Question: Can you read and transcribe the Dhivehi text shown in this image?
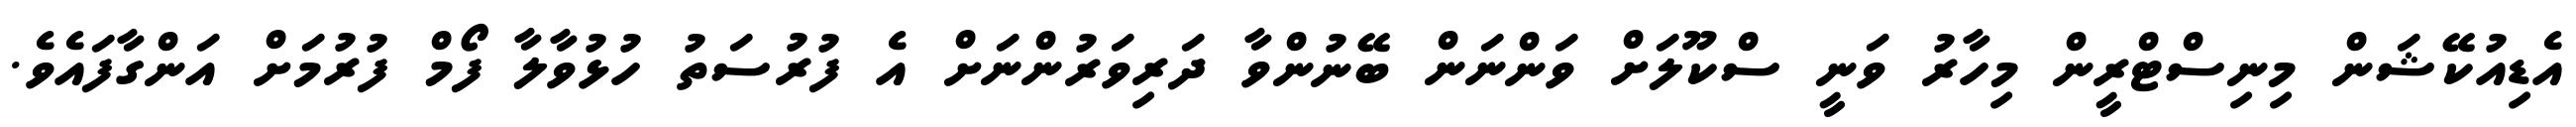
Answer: އެޑިއުކޭޝަން މިނިސްޓްރީން މިހާރު ވަނީ ސްކޫލަށް ވަންނަން ބޭނުންވާ ދަރިވަރުންނަށް އެ ފުރުސަތު ހުޅުވާލާ ފޯމް ފުރުމަށް އަންގާފައެވެ.